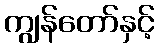
ကျွန်တော်နှင့်